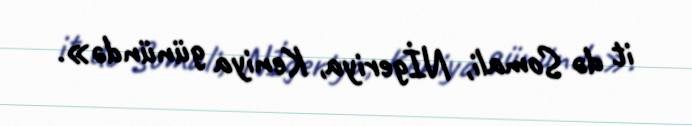
it də Somali, Nİgeriya, Keniya günündə».